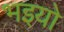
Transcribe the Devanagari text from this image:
भइयो